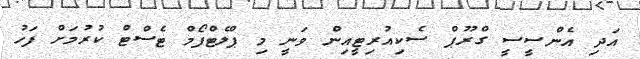
އަދި އެންސީސީ ގްރޫޕް ސެކިއުރިޓީއިން ވަނީ މި ޕްލެޓްފޯމް ޓެސްޓް ކުރުމަށް ފަހު